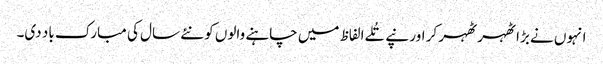
انہوں نے بڑا ٹھہر ٹھہر کر اور نپے تُلے الفاظ میں چاہنے والوں کو نئے سال کی مبارک باد دی۔